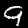
Label: 9